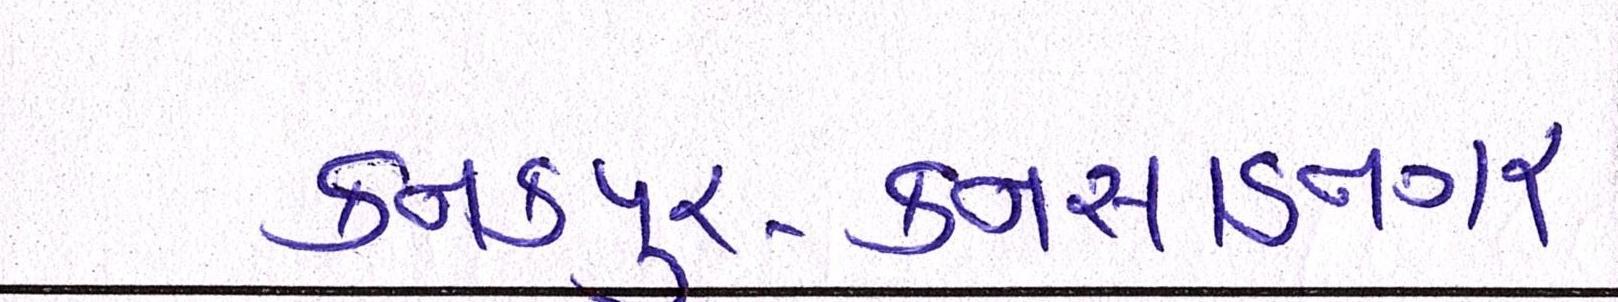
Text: કનકપુર-કનસાડનગર